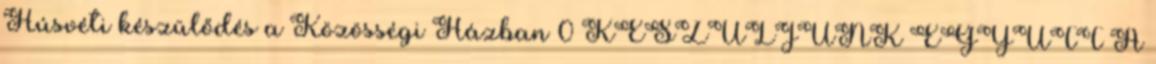
Húsvéti készülődés a Közösségi Házban 0 KÉSZÜLJÜNK EGYÜTT A